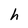
Character: h